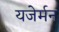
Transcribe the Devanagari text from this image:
यजेर्मन